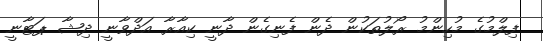
ފިލްމުގެ މުހިންމު ރޯލުތަކުން ދެން ފެނިގެން ދާނީ ކިއާރާ އަދްވާނީ ދިޝާ ޕަޓާނީ